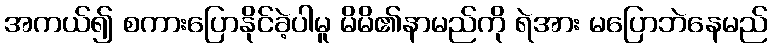
အကယ်၍ စကားပြောနိုင်ခဲ့ပါမူ မိမိ၏နာမည်ကို ရဲအား မပြောဘဲနေမည်